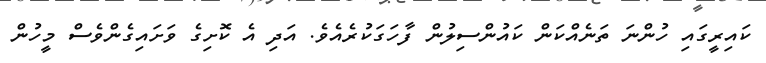
ކައިރީގައި ހުންނަ ތަނެއްކަން ކައުންސިލުން ފާހަގަކުރެއެވެ. އަދި އެ ކޮށިގެ ވަށައިގެންވެސް މީހުން